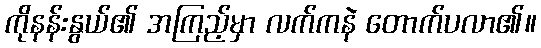
ကိုနန်းနွယ်၏ အကြည့်မှာ လက်ကနဲ တောက်ပလာ၏။